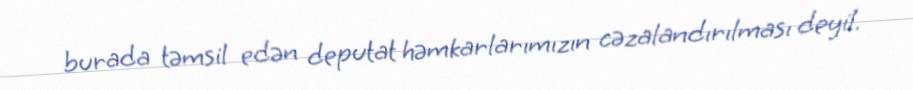
burada təmsil edən deputat həmkarlarımızın cəzalandırılması deyil.